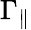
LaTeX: \Gamma_{\parallel}